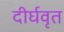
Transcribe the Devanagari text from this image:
दीर्घवृत